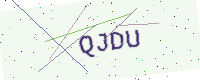
Text: QJDU